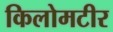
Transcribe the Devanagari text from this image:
किलोमटीर